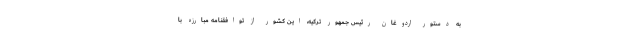
به دستور اردوغان رئیس جمهور ترکیه، این کشور از توافقنامه مبارزه با